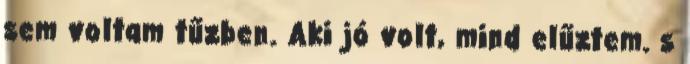
sem voltam tűzben. Aki jó volt, mind elűztem. s